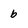
Character: b